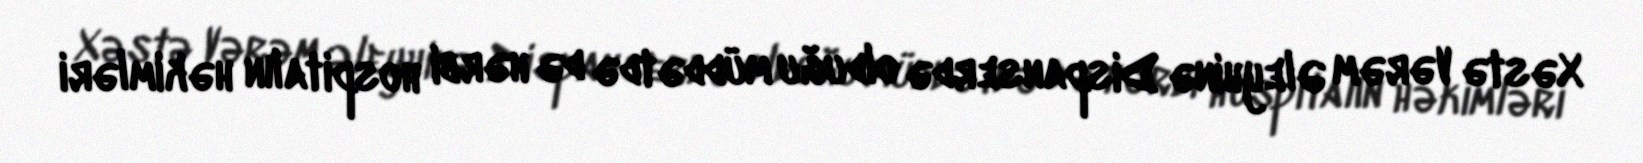
Xəstə Vərəm Əleyhinə Dispanserdə olduğu müddətdə də hərbi hospitalın həkimləri